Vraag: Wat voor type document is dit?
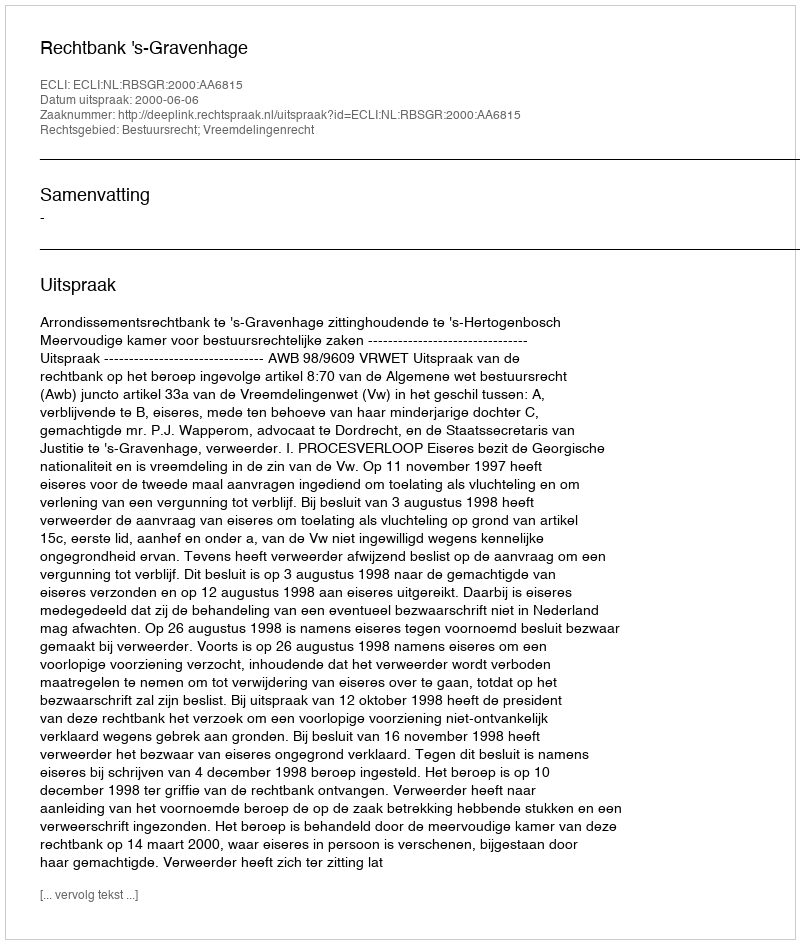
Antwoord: Uitspraak